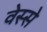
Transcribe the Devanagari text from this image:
वेस्से